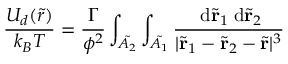
\frac { U _ { d } ( \tilde { r } ) } { k _ { B } T } = \frac { \Gamma } { \phi ^ { 2 } } \int _ { \tilde { A _ { 2 } } } \int _ { \tilde { A _ { 1 } } } \frac { \; \mathrm { d } \tilde { \bf r } _ { 1 } \; \mathrm { d } \tilde { \bf { r } } _ { 2 } } { | \tilde { \bf r } _ { 1 } - \tilde { \bf r } _ { 2 } - \tilde { \bf r } | ^ { 3 } }